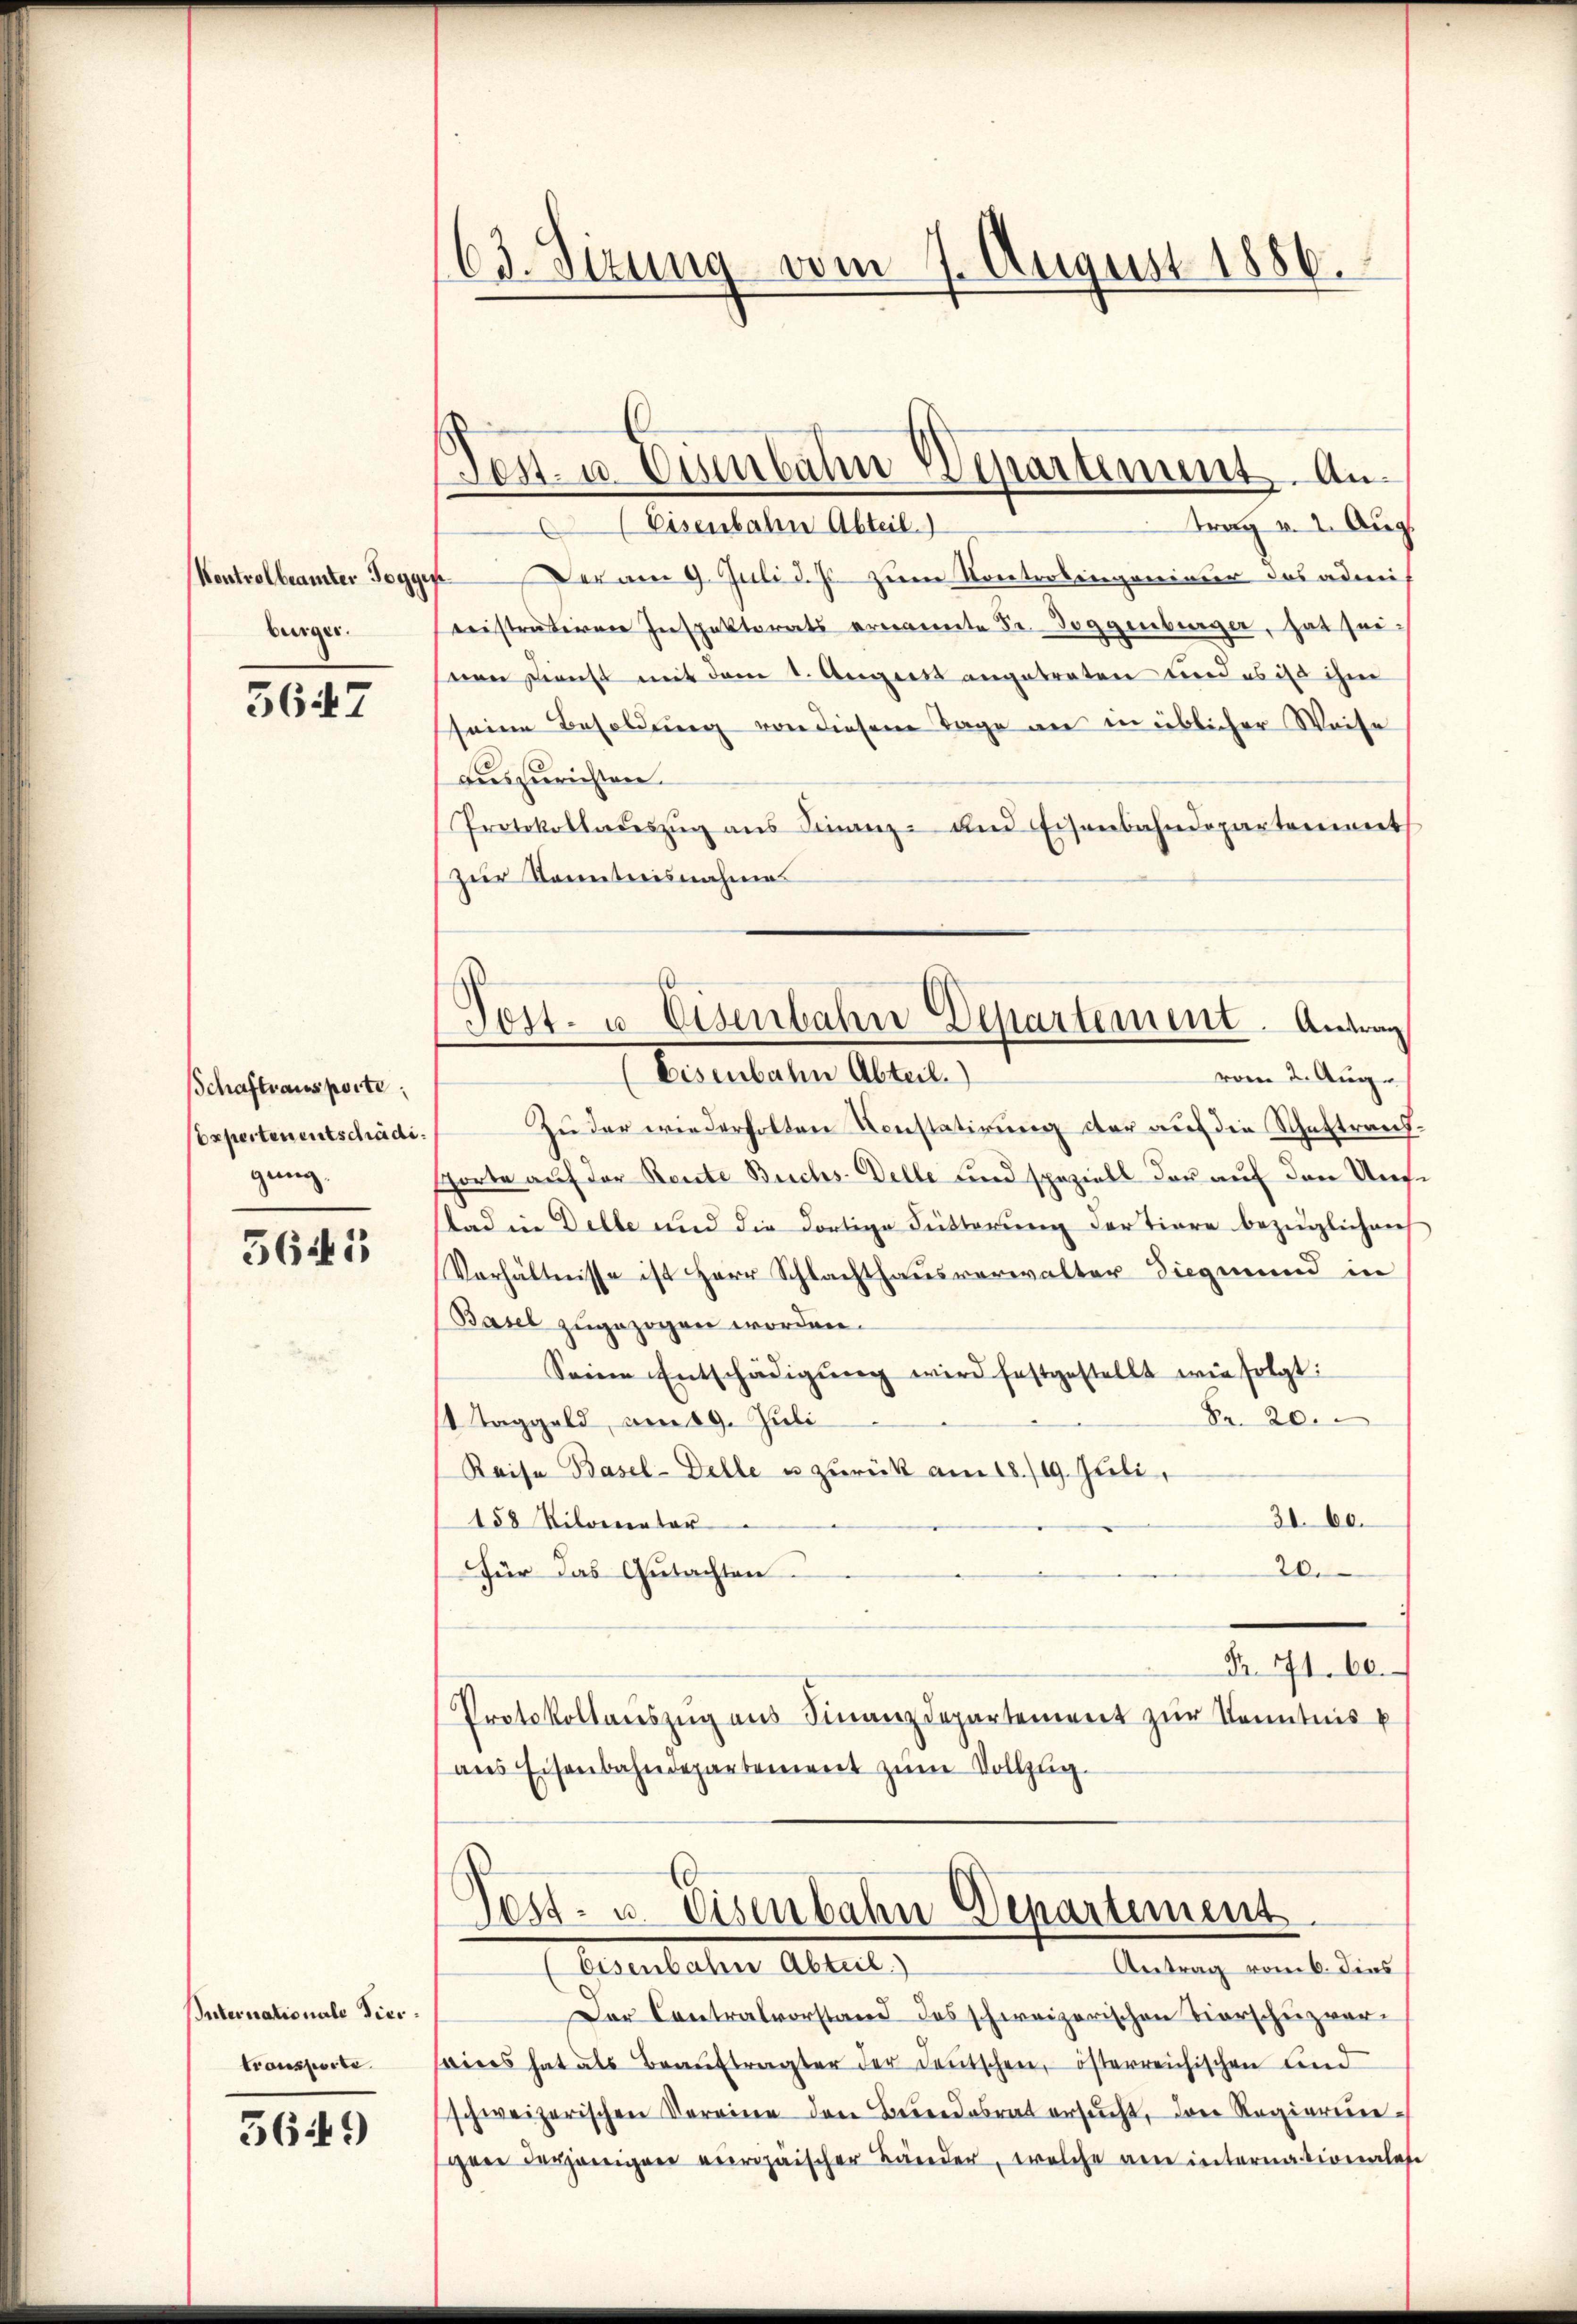
burger.

5647

Schaftsaus porte;
Experten entschädigung

5641

Internationale Viertransporte.

5649

63. Sizung vom 7. August 1886.

Fest- u. Ginnbahn Wepartement. An¬

tray v. 2. Aug.
Eisenbahn Abteil)
Kontrolbeamter Joggen. Der am 9. Juli d. Js. zum Kontrolingenieur das admi
rnistrativen Inspektorats ernannte Sr. Doggenburger, hat seinen Dienst mit dem 1. August angetreten und es ist ihm
seine Besoldung von diesem Tage an in üblicher Weise
auszurichten.
Protokolladeszŭg ans Finanz- und Eisenbahndepartement
zur Kenntnisnahmes
Zŭ der wiederholten Constatirŭng der aŭf die Schattranssporte auf der Rente Buchs-Delle und speziell der auf den Unfstad in Delle und die dortige Fütterung der Tiere bezüglicherh
Verhältnisse ist Herr Schlachthausverwalter Siegmund in
Basel zugezogen worden.
Seine Entschädigŭng wird festgestellt wie folgt:
Fr. 20.
1 Taggeld, am 19. Juli
Raisa Basel-Delle u zurück am 18./19. Juli
31. 60.
158 Kilometer
für das Gutachten.
20.
Nr. 71. 60.
Protokollauszug aus Finanzdepartement zur Kenntnis p
ans Eisenbahndepartement zum Vollzug.

Tott. u. Eisenbahn Departement. Antrag
(Eisenbahn Abteil.)
vom 2. Aug.

Post- u. Eisenbahn Departement
Lesentaler Abteil,
Antrag vom 6. dies

Der Contralvorstand des schweizerischen Tierschuzveriees hat als Beaŭftragter der Deutschen, österreichischen Lind
schweizerischen Vereine den Bundesrat ersucht, das Regierungen derjenigen veripäischer Bänder, welche an internationales